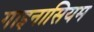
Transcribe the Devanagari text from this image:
गाइनासियम